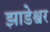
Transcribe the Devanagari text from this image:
झाडेश्वर